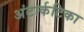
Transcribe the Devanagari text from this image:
अंटार्कटिका